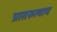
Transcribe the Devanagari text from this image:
प्रातरुत्थाय